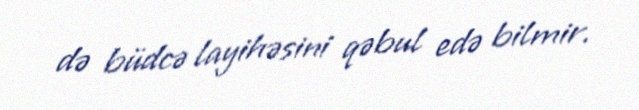
də büdcə layihəsini qəbul edə bilmir.